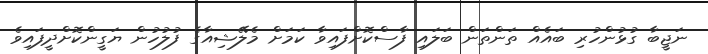
ނަޖީބާ ގުޅުންހުރި ބައެއް ތަންތަން ބަލައި ފާސްކޮށްފައިވާ ކަމަށް މެލޭޝިއާގެ ފުލުހުން ޔަގީންކޮށްދީފައިވެ